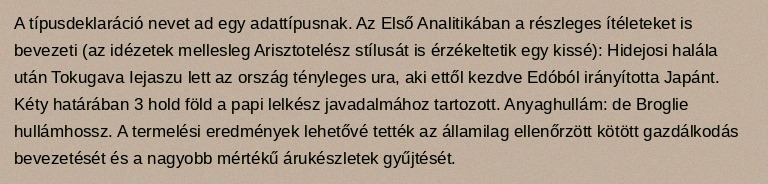
A típusdeklaráció nevet ad egy adattípusnak. Az Első Analitikában a részleges ítéleteket is bevezeti (az idézetek mellesleg Arisztotelész stílusát is érzékeltetik egy kissé): Hidejosi halála után Tokugava Iejaszu lett az ország tényleges ura, aki ettől kezdve Edóból irányította Japánt. Kéty határában 3 hold föld a papi lelkész javadalmához tartozott. Anyaghullám: de Broglie hullámhossz. A termelési eredmények lehetővé tették az államilag ellenőrzött kötött gazdálkodás bevezetését és a nagyobb mértékű árukészletek gyűjtését.